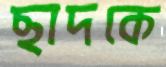
ছাদকে